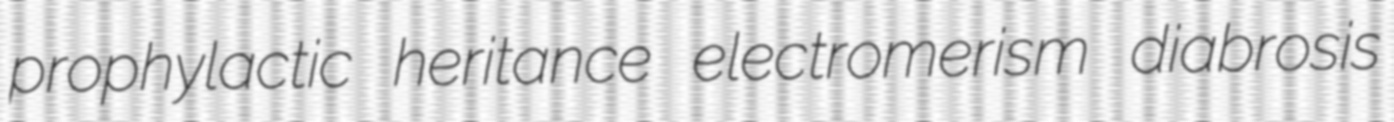
prophylactic heritance electromerism diabrosis